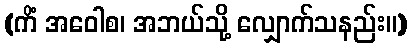
(ကိံ အဝေါစ၊ အဘယ်သို့ လျှောက်သနည်း။)